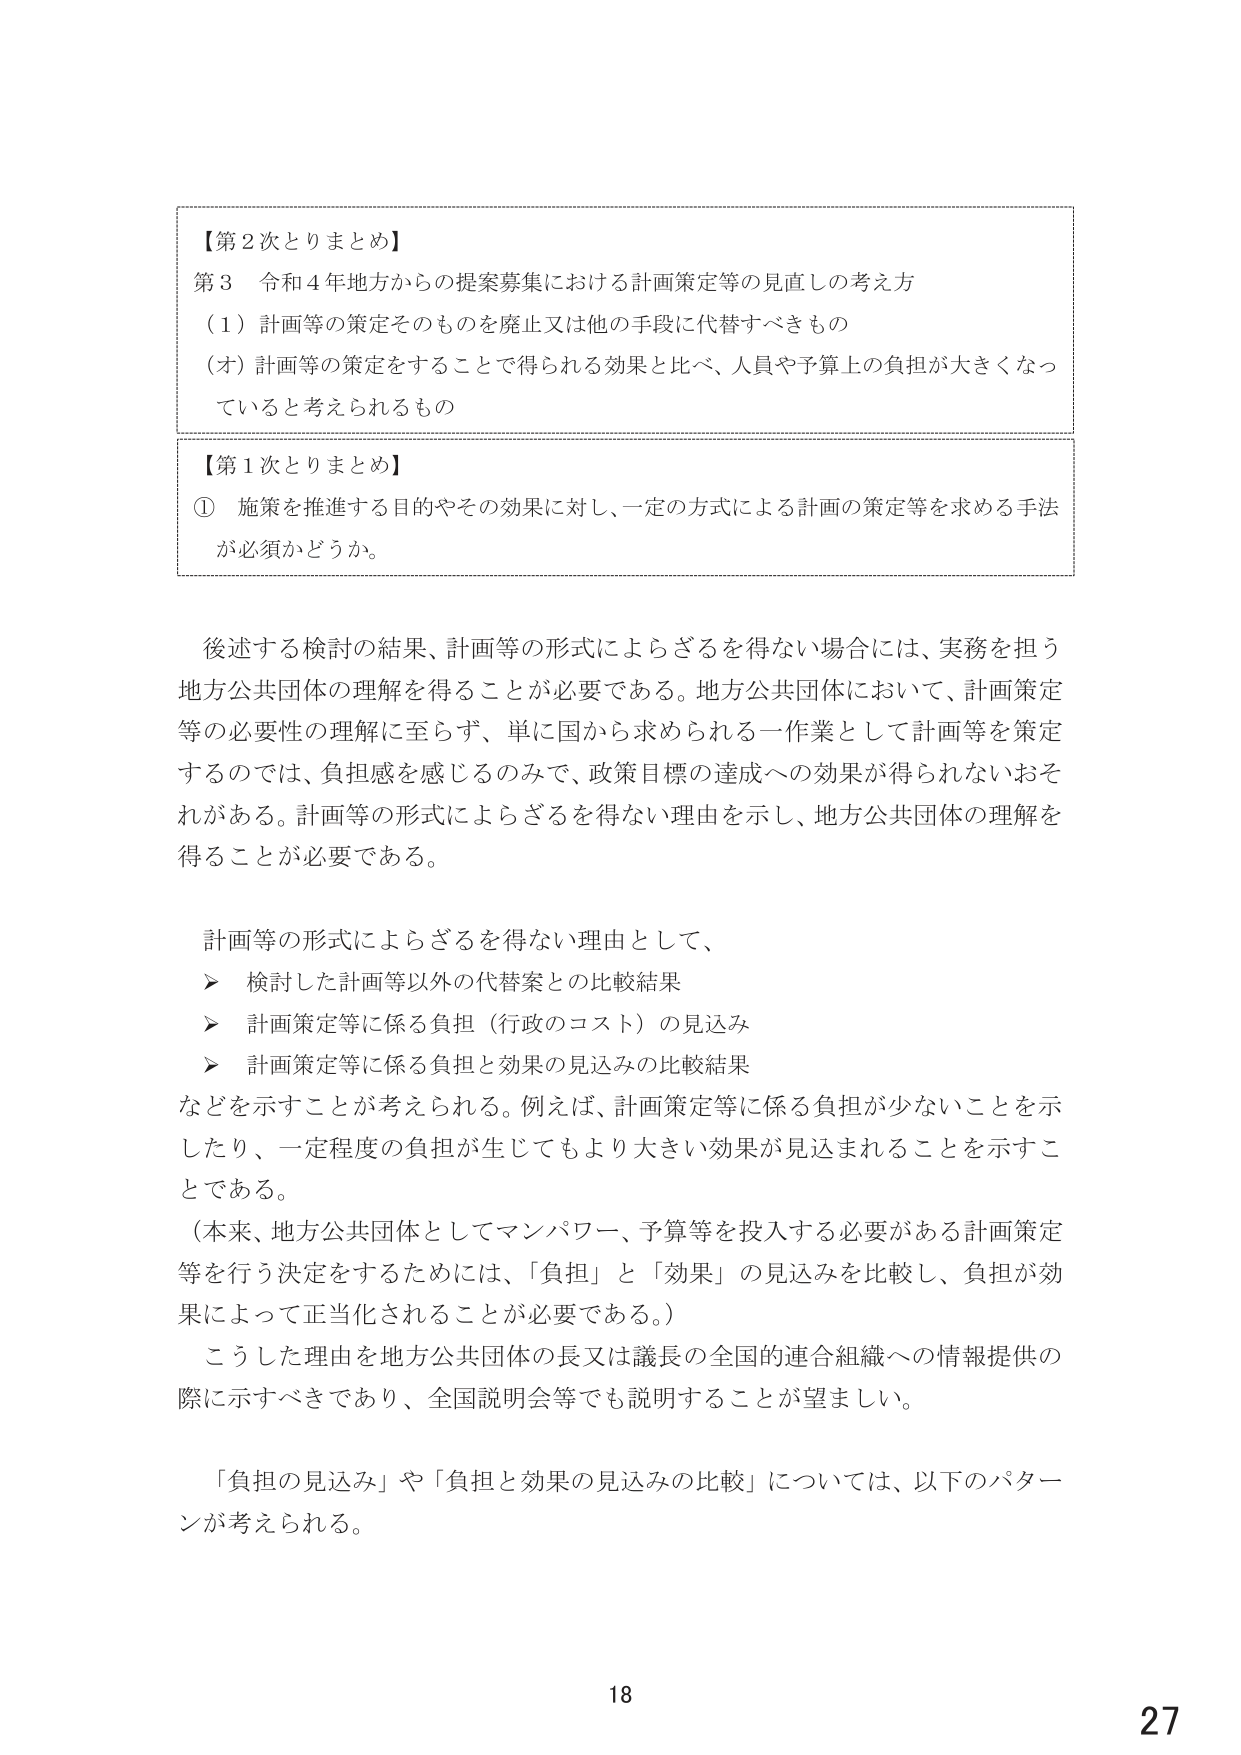
【第2次とりまとめ】
第3 令和4年地方からの提案募集における計画策定等の見直しの考え方
（1）計画等の策定そのものを廃止又は他の手段に代替すべきもの
（オ）計画等の策定をすることで得られる効果と比べ、人員や予算上の負担が大きくなっていると考えられるもの

【第1次とりまとめ】
① 施策を推進する目的やその効果に対し、一定の方式による計画の策定等を求める手法が必要かどうか。

後述する検討の結果、計画等の形式によらざるを得ない場合には、実務を担う地方公共団体の理解を得ることが必要である。地方公共団体において、計画策定等の必要性の理解に至らず、単に国から求められる一作業として計画等を策定するのでは、負担感を感じるのみで、政策目標の達成への効果が得られないおそれがある。計画等の形式によらざるを得ない理由を示し、地方公共団体の理解を得ることが必要である。

計画等の形式によらざるを得ない理由として、
➤ 検討した計画等以外の代替案との比較結果
➤ 計画策定等に係る負担（行政のコスト）の見込み
➤ 計画策定等に係る負担と効果の見込みの比較結果
などを示すことが考えられる。例えば、計画策定等に係る負担が少ないことを示したり、一定程度の負担が生じてもより大きい効果が見込まれることを示すことである。
（本来、地方公共団体としてマンパワー、予算等を投入する必要がある計画策定等を行う決定をするためには、「負担」と「効果」の見込みを比較し、負担が効果によって正当化されることが必要である。）
こうした理由を地方公共団体の長又は議長の全国的連合組織への情報提供の際に示すべきであり、全国説明会等でも説明することが望ましい。

「負担の見込み」や「負担と効果の見込みの比較」については、以下のパターンが考えられる。

18
27